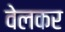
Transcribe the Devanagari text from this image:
वेलकर